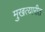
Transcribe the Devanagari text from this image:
मुखत्यारीत